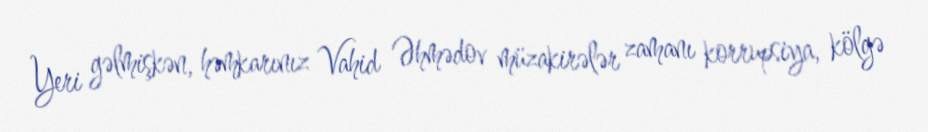
Yeri gəlmişkən, həmkarınız Vahid Əhmədov müzakirələr zamanı korrupsiya, kölgə